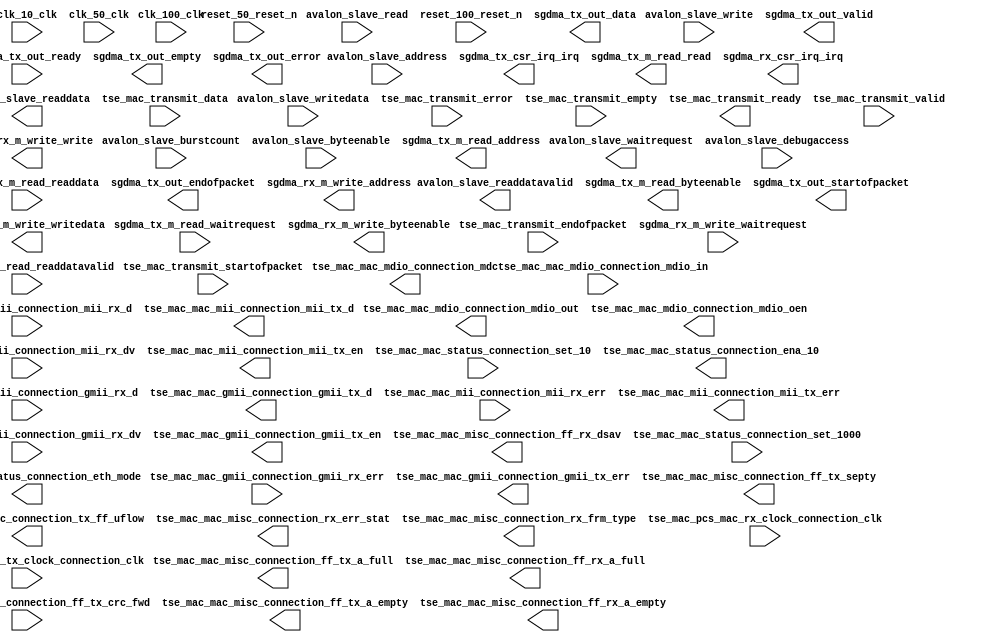

module tse_w_msgdma_2_ic_mii (
	avalon_slave_waitrequest,
	avalon_slave_readdata,
	avalon_slave_readdatavalid,
	avalon_slave_burstcount,
	avalon_slave_writedata,
	avalon_slave_address,
	avalon_slave_write,
	avalon_slave_read,
	avalon_slave_byteenable,
	avalon_slave_debugaccess,
	clk_10_clk,
	clk_100_clk,
	clk_50_clk,
	reset_100_reset_n,
	reset_50_reset_n,
	tse_mac_mac_gmii_connection_gmii_rx_d,
	tse_mac_mac_gmii_connection_gmii_rx_dv,
	tse_mac_mac_gmii_connection_gmii_rx_err,
	tse_mac_mac_gmii_connection_gmii_tx_d,
	tse_mac_mac_gmii_connection_gmii_tx_en,
	tse_mac_mac_gmii_connection_gmii_tx_err,
	tse_mac_mac_mdio_connection_mdc,
	tse_mac_mac_mdio_connection_mdio_in,
	tse_mac_mac_mdio_connection_mdio_out,
	tse_mac_mac_mdio_connection_mdio_oen,
	tse_mac_mac_mii_connection_mii_rx_d,
	tse_mac_mac_mii_connection_mii_rx_dv,
	tse_mac_mac_mii_connection_mii_rx_err,
	tse_mac_mac_mii_connection_mii_tx_d,
	tse_mac_mac_mii_connection_mii_tx_en,
	tse_mac_mac_mii_connection_mii_tx_err,
	tse_mac_mac_misc_connection_ff_tx_crc_fwd,
	tse_mac_mac_misc_connection_ff_tx_septy,
	tse_mac_mac_misc_connection_tx_ff_uflow,
	tse_mac_mac_misc_connection_ff_tx_a_full,
	tse_mac_mac_misc_connection_ff_tx_a_empty,
	tse_mac_mac_misc_connection_rx_err_stat,
	tse_mac_mac_misc_connection_rx_frm_type,
	tse_mac_mac_misc_connection_ff_rx_dsav,
	tse_mac_mac_misc_connection_ff_rx_a_full,
	tse_mac_mac_misc_connection_ff_rx_a_empty,
	tse_mac_mac_status_connection_set_10,
	tse_mac_mac_status_connection_set_1000,
	tse_mac_mac_status_connection_eth_mode,
	tse_mac_mac_status_connection_ena_10,
	tse_mac_pcs_mac_rx_clock_connection_clk,
	tse_mac_pcs_mac_tx_clock_connection_clk,
	tse_mac_transmit_data,
	tse_mac_transmit_endofpacket,
	tse_mac_transmit_error,
	tse_mac_transmit_empty,
	tse_mac_transmit_ready,
	tse_mac_transmit_startofpacket,
	tse_mac_transmit_valid,
	sgdma_tx_csr_irq_irq,
	sgdma_tx_m_read_address,
	sgdma_tx_m_read_read,
	sgdma_tx_m_read_byteenable,
	sgdma_tx_m_read_readdata,
	sgdma_tx_m_read_waitrequest,
	sgdma_tx_m_read_readdatavalid,
	sgdma_tx_out_data,
	sgdma_tx_out_valid,
	sgdma_tx_out_ready,
	sgdma_tx_out_startofpacket,
	sgdma_tx_out_endofpacket,
	sgdma_tx_out_empty,
	sgdma_tx_out_error,
	sgdma_rx_m_write_address,
	sgdma_rx_m_write_write,
	sgdma_rx_m_write_byteenable,
	sgdma_rx_m_write_writedata,
	sgdma_rx_m_write_waitrequest,
	sgdma_rx_csr_irq_irq);	

	output		avalon_slave_waitrequest;
	output	[31:0]	avalon_slave_readdata;
	output		avalon_slave_readdatavalid;
	input	[3:0]	avalon_slave_burstcount;
	input	[31:0]	avalon_slave_writedata;
	input	[12:0]	avalon_slave_address;
	input		avalon_slave_write;
	input		avalon_slave_read;
	input	[3:0]	avalon_slave_byteenable;
	input		avalon_slave_debugaccess;
	input		clk_10_clk;
	input		clk_100_clk;
	input		clk_50_clk;
	input		reset_100_reset_n;
	input		reset_50_reset_n;
	input	[7:0]	tse_mac_mac_gmii_connection_gmii_rx_d;
	input		tse_mac_mac_gmii_connection_gmii_rx_dv;
	input		tse_mac_mac_gmii_connection_gmii_rx_err;
	output	[7:0]	tse_mac_mac_gmii_connection_gmii_tx_d;
	output		tse_mac_mac_gmii_connection_gmii_tx_en;
	output		tse_mac_mac_gmii_connection_gmii_tx_err;
	output		tse_mac_mac_mdio_connection_mdc;
	input		tse_mac_mac_mdio_connection_mdio_in;
	output		tse_mac_mac_mdio_connection_mdio_out;
	output		tse_mac_mac_mdio_connection_mdio_oen;
	input	[3:0]	tse_mac_mac_mii_connection_mii_rx_d;
	input		tse_mac_mac_mii_connection_mii_rx_dv;
	input		tse_mac_mac_mii_connection_mii_rx_err;
	output	[3:0]	tse_mac_mac_mii_connection_mii_tx_d;
	output		tse_mac_mac_mii_connection_mii_tx_en;
	output		tse_mac_mac_mii_connection_mii_tx_err;
	input		tse_mac_mac_misc_connection_ff_tx_crc_fwd;
	output		tse_mac_mac_misc_connection_ff_tx_septy;
	output		tse_mac_mac_misc_connection_tx_ff_uflow;
	output		tse_mac_mac_misc_connection_ff_tx_a_full;
	output		tse_mac_mac_misc_connection_ff_tx_a_empty;
	output	[17:0]	tse_mac_mac_misc_connection_rx_err_stat;
	output	[3:0]	tse_mac_mac_misc_connection_rx_frm_type;
	output		tse_mac_mac_misc_connection_ff_rx_dsav;
	output		tse_mac_mac_misc_connection_ff_rx_a_full;
	output		tse_mac_mac_misc_connection_ff_rx_a_empty;
	input		tse_mac_mac_status_connection_set_10;
	input		tse_mac_mac_status_connection_set_1000;
	output		tse_mac_mac_status_connection_eth_mode;
	output		tse_mac_mac_status_connection_ena_10;
	input		tse_mac_pcs_mac_rx_clock_connection_clk;
	input		tse_mac_pcs_mac_tx_clock_connection_clk;
	input	[31:0]	tse_mac_transmit_data;
	input		tse_mac_transmit_endofpacket;
	input		tse_mac_transmit_error;
	input	[1:0]	tse_mac_transmit_empty;
	output		tse_mac_transmit_ready;
	input		tse_mac_transmit_startofpacket;
	input		tse_mac_transmit_valid;
	output		sgdma_tx_csr_irq_irq;
	output	[31:0]	sgdma_tx_m_read_address;
	output		sgdma_tx_m_read_read;
	output	[3:0]	sgdma_tx_m_read_byteenable;
	input	[31:0]	sgdma_tx_m_read_readdata;
	input		sgdma_tx_m_read_waitrequest;
	input		sgdma_tx_m_read_readdatavalid;
	output	[31:0]	sgdma_tx_out_data;
	output		sgdma_tx_out_valid;
	input		sgdma_tx_out_ready;
	output		sgdma_tx_out_startofpacket;
	output		sgdma_tx_out_endofpacket;
	output	[1:0]	sgdma_tx_out_empty;
	output		sgdma_tx_out_error;
	output	[31:0]	sgdma_rx_m_write_address;
	output		sgdma_rx_m_write_write;
	output	[3:0]	sgdma_rx_m_write_byteenable;
	output	[31:0]	sgdma_rx_m_write_writedata;
	input		sgdma_rx_m_write_waitrequest;
	output		sgdma_rx_csr_irq_irq;
endmodule